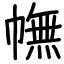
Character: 幠